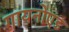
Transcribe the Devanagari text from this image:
गायनोएड